Lunatic asylums Punjab 1911-1921 - 1911-1921
Year: 1911
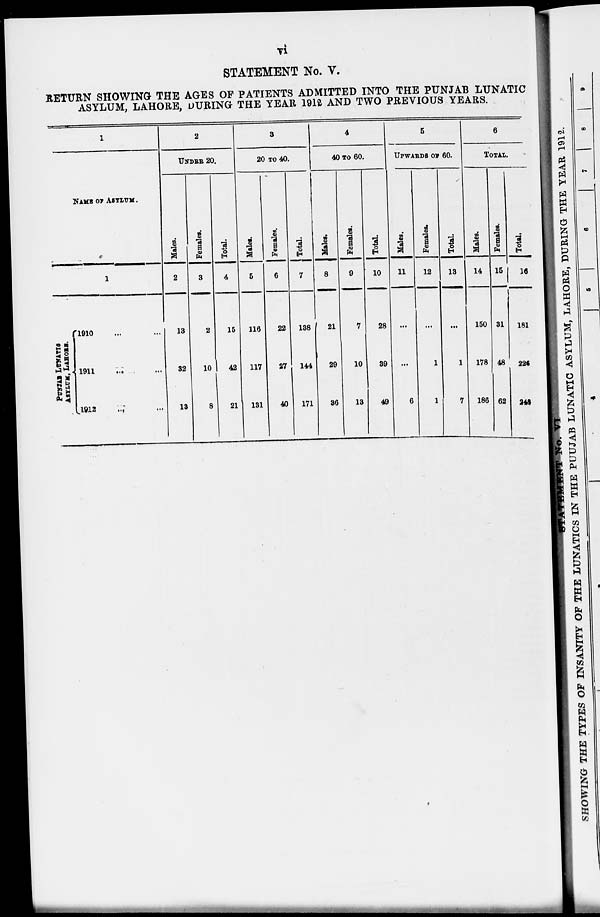
vi
STATEMENT No. V.
RETURN SHOWING THE AGES OF PATIENTS ADMITTED INTO THE PUNJAB LUNATIC
ASYLUM, LAHORE, DURING THE 1912 AND TWO PREVIOUS Y
1
NAME OF ASYLUM.
1
PUNJAB LUNATIC
ASYLUM, LAHORE.
1910 ... ...
1911 ... ...
1912 ... ...
2
UNDER 20.
Males.
2
13
32
13
Females.
3
2
10
8
Total.
4
15
42
21
3
20 TO 40.
Males.
5
116
117
131
Females.
6
22
27
40
Total.
7
138
144
171
4
40 TO 60.
Males.
8
21
29
36
Females.
9
7
10
13
Total.
10
28
39
49
5
UPWARDS OF 60.
Males.
11
...
...
6
Females.
12
...
1
1
Total.
13
...
1
7
6
TOTAL.
Males.
14
150
178
186
Females.
15
31
48
62
Total.
16
181
226
248